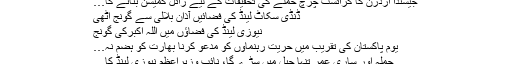
جیسنڈا آرڈرن کا کرائسٹ چرچ حملے کی تحقیقات کے لیے رائل کمیشن بنانے کا…
ڈنڈی سکاٹ لینڈ کی فضائیں آذان بلالی سے گونج اٹھی
نیوزی لینڈ کی فضاؤں میں اللہ اکبرکی گونج
یوم پاکستان کی تقریب میں حریت رہنماؤں کو مدعو کرنا بھارت کو ہضم نہ…
حملہ آور ساری عمر تنہا جیل میں سڑے گا، نائب وزیراعظم نیوزی لینڈ کا…